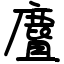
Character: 麆